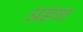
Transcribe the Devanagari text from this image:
अडंगा